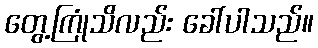
တွေ့ကြုံသိလည်း ခေါ်ပါသည်။